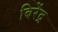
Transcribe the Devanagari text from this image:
बिरेंद्र